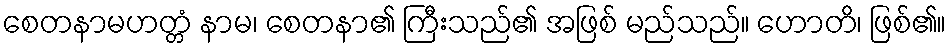
စေတနာမဟတ္တံ နာမ၊ စေတနာ၏ ကြီးသည်၏ အဖြစ် မည်သည်။ ဟောတိ၊ ဖြစ်၏။